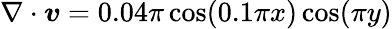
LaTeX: \nabla\cdot{\boldsymbol v}=0.04\pi\cos(0.1\pi x)\cos(\pi y)